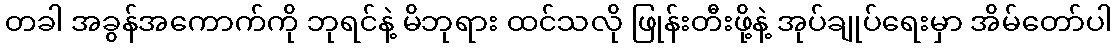
တခါ အခွန်အကောက်ကို ဘုရင်နဲ့ မိဘုရား ထင်သလို ဖြုန်းတီးဖို့နဲ့ အုပ်ချုပ်ရေးမှာ အိမ်တော်ပါ